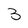
Character: 3